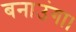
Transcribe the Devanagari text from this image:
बनाउंगा।